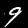
Digit: 9